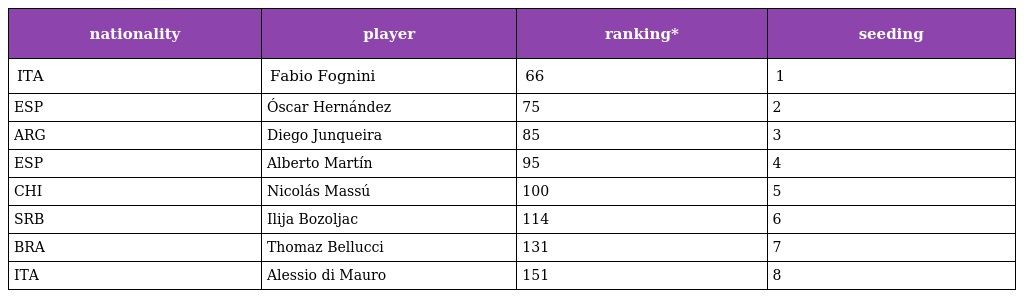
| nationality | player | ranking* | seeding |
 | --- | --- | --- | --- |
 | ITA | Fabio Fognini | 66 | 1 |
 | ESP | Óscar Hernández | 75 | 2 |
 | ARG | Diego Junqueira | 85 | 3 |
 | ESP | Alberto Martín | 95 | 4 |
 | CHI | Nicolás Massú | 100 | 5 |
 | SRB | Ilija Bozoljac | 114 | 6 |
 | BRA | Thomaz Bellucci | 131 | 7 |
 | ITA | Alessio di Mauro | 151 | 8 |